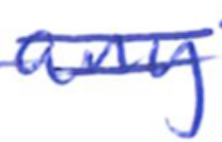
Text: any
Cross-out: double-line
Writing tool: ballpoint